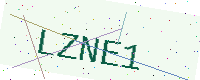
Text: LZNE1